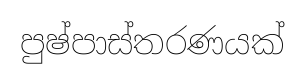
පුෂ්පාස්තරණයක්